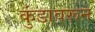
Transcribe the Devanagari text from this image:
कुंडावरून